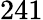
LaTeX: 241